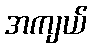
အကျယ်